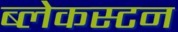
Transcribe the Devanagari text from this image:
ब्लेकस्टन